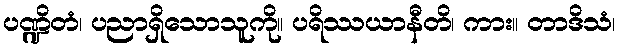
ပဏ္ဍိတံ၊ ပညာရှိသောသူကို။ ပရိဿယာနီတိ၊ ကား။ တာဒိသံ၊